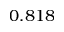
0 . 8 1 8